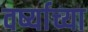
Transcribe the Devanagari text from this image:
वर्ष्याच्या